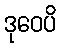
ဒုဝေပိ